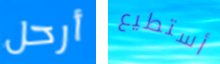
أرحل أستطيع